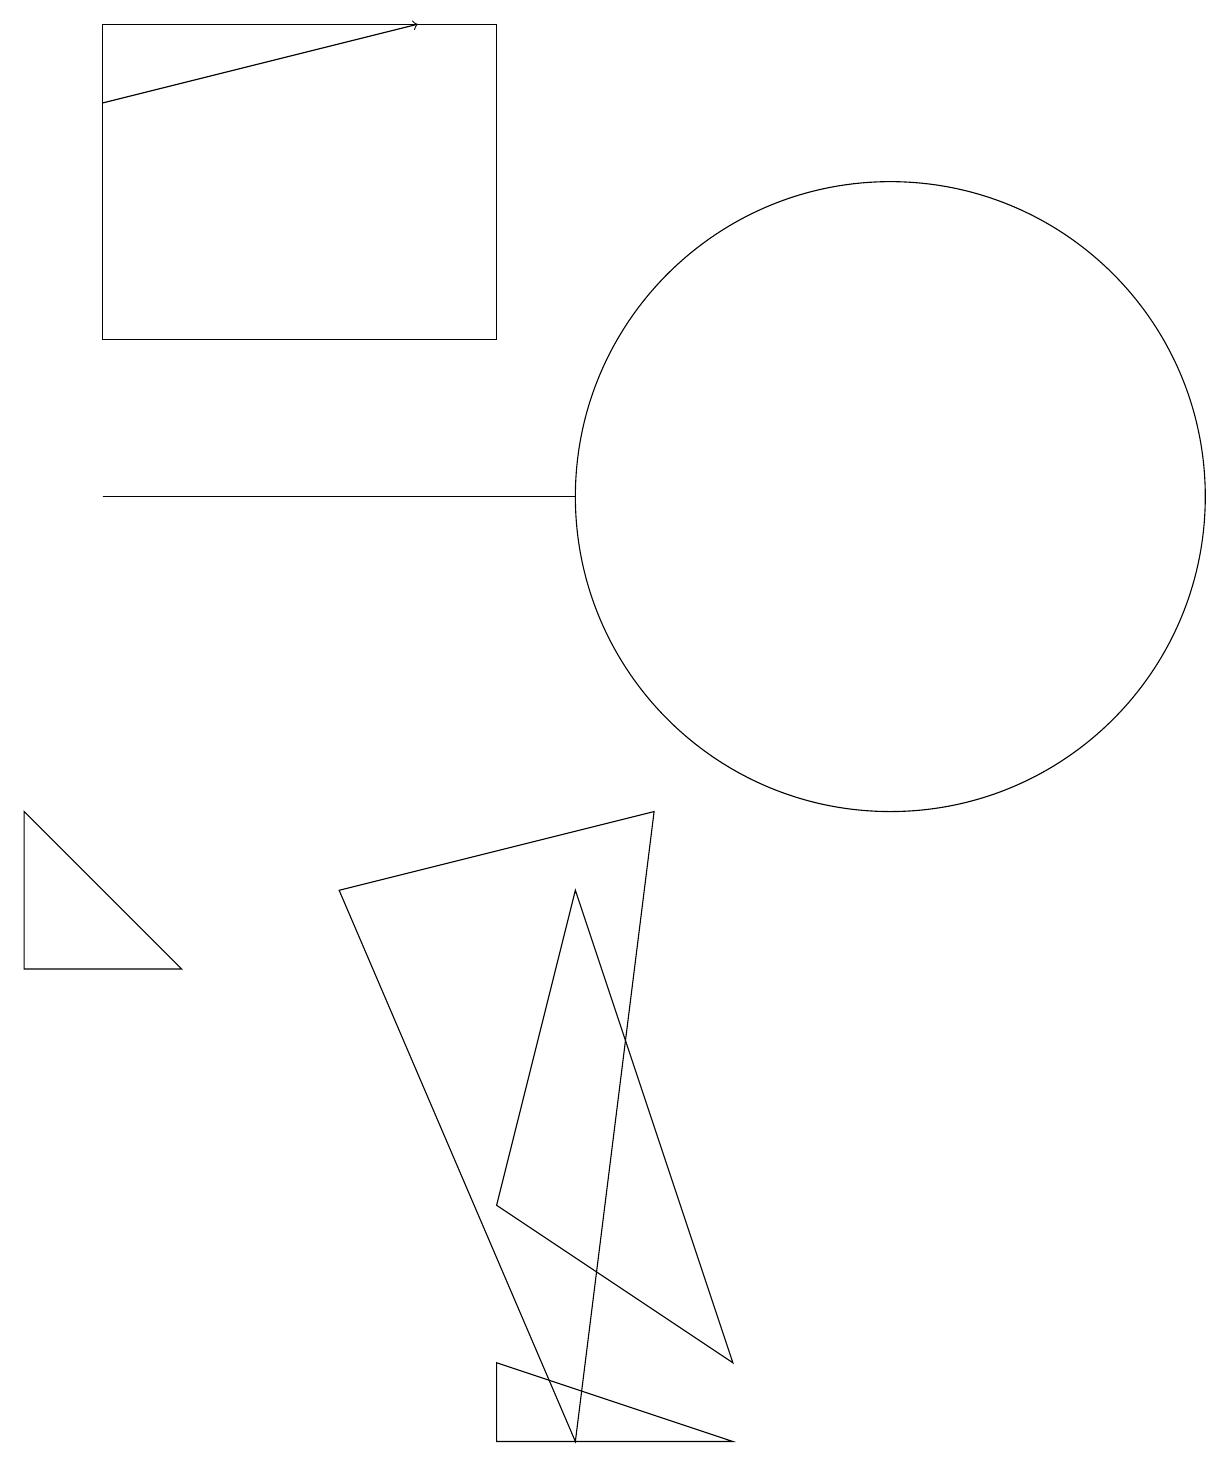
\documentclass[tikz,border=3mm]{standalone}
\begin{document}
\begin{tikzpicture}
\draw (9,1) -- (7,7) -- (6,3) -- cycle;
\draw (8,8) -- (4,7) -- (7,0) -- cycle;
\draw (6,14) rectangle (1,18);
\draw (1,12) rectangle (7,12);
\draw (2,6) -- (0,8) -- (0,6) -- cycle;
\draw[->] (1,17) -- (5,18);
\draw (9,0) -- (6,0) -- (6,1) -- cycle;
\draw (11,12) circle (4);
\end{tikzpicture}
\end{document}